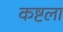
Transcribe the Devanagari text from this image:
कष्टला